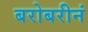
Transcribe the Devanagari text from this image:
बरोबरीनं